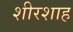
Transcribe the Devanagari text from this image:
शीरशाह